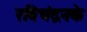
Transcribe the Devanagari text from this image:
रविचंद्रनके